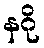
နဂို